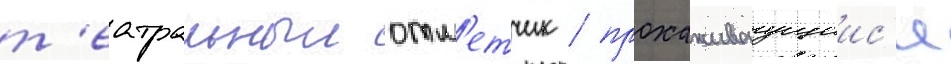
т'еатральныи отм'етчик / прохаживаущиис'я